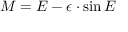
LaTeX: M = E - \epsilon \cdot \sin E